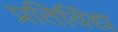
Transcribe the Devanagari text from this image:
प्रतिविंद्य